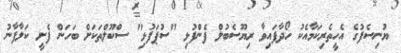
ޔުނިސެފުގެ އެހީތެރިކަމާއެކު ހޯދާފައިވާ ރިޔޫސެބުލް ފެންފުޅި "ސުޕަފުޅި" ސްކޫލްތަކަށް ބަހަން ފެށީ ކަލާފާނު